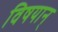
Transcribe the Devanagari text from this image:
विषयान्